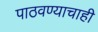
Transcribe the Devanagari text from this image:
पाठवण्याचाही